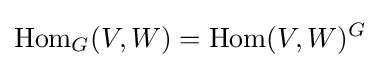
\operatorname {Hom} _{G}(V,W)=\operatorname {Hom} (V,W)^{G}